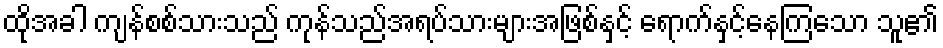
ထိုအခါ ကျန်စစ်သားသည် ကုန်သည်အရပ်သားများအဖြစ်နှင့် ရောက်နှင့်နေကြသော သူ၏